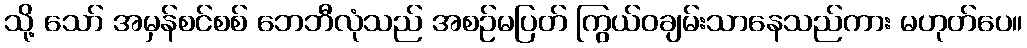
သို့ သော် အမှန်စင်စစ် ဘေဘီလုံသည် အစဉ်မပြတ် ကြွယ်ဝချမ်းသာနေသည်ကား မဟုတ်ပေ။